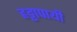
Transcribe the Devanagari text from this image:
हट्टापायी